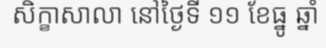
សិក្ខាសាលា នៅថ្ងៃទី ១១ ខែធ្នូ ឆ្នាំ